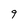
Character: 9